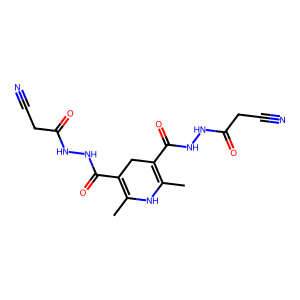
SMILES: CC1=C(C(=O)NNC(=O)CC#N)CC(C(=O)NNC(=O)CC#N)=C(C)N1
Inhibits HIV replication: No